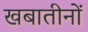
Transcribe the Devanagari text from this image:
खबातीनों